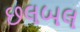
છલબલ